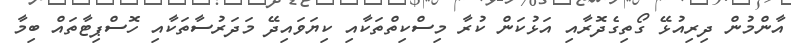
އާންމުން ދިރިއުޅޭ ގޯތިގެދޮރާއި އަޅުކަން ކުރާ މިސްކިތްތަކާއި ކިޔަވައިދޭ މަދަރުސާތަކާއި ހޮސްޕިޓާތައް ބިމާ